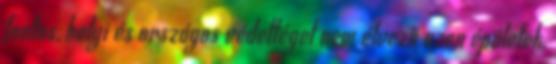
fontos, helyi és országos védettéget nem élvező azon épületek,